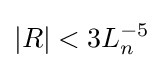
\vert R\vert <3L_{n}^{-5}